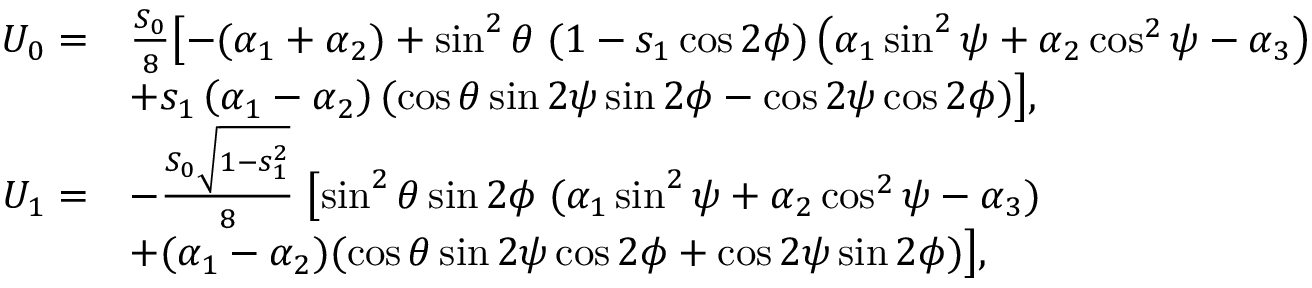
\begin{array} { r l } { U _ { 0 } = } & { \frac { S _ { 0 } } { 8 } \bigl [ - ( \alpha _ { 1 } + \alpha _ { 2 } ) + \sin ^ { 2 } { \theta } \; ( 1 - s _ { 1 } \cos { 2 \phi } ) \left( \alpha _ { 1 } \sin ^ { 2 } { \psi } + \alpha _ { 2 } \cos ^ { 2 } { \psi } - \alpha _ { 3 } \right) } \\ & { + s _ { 1 } \left( \alpha _ { 1 } - \alpha _ { 2 } \right) ( \cos { \theta } \sin { 2 \psi } \sin { 2 \phi } - \cos { 2 \psi } \cos { 2 \phi } ) \bigr ] , } \\ { U _ { 1 } = } & { - \frac { S _ { 0 } \sqrt { 1 - s _ { 1 } ^ { 2 } } } { 8 } \; \bigl [ \sin ^ { 2 } { \theta } \sin { 2 \phi } \; ( \alpha _ { 1 } \sin ^ { 2 } { \psi } + \alpha _ { 2 } \cos ^ { 2 } { \psi } - \alpha _ { 3 } ) } \\ & { + ( \alpha _ { 1 } - \alpha _ { 2 } ) ( \cos { \theta } \sin { 2 \psi } \cos { 2 \phi } + \cos { 2 \psi } \sin { 2 \phi } ) \bigr ] , } \end{array}